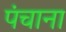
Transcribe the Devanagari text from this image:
पंचाना